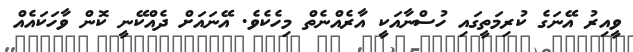
ވީއިރު އޭނަގެ ކުރިމަތީގައި ހުސްނާއަކީ އާރެއްނެތް މިހެކެވެ. އޭނައަށް ދެއްކޭނީ ކޮން ވާހަކައެއް